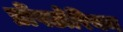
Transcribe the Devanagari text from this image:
प्रोंपटोरियम